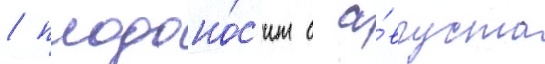
/ плодоно́с'ит с а́вгуста